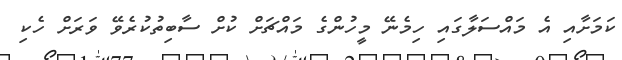
ކަމަށާއި އެ މައްސަލާގައި ހިމެނޭ މީހުންގެ މައްޗަށް ކުށް ސާބިތުކުރެވޭ ވަރަށް ހެކި